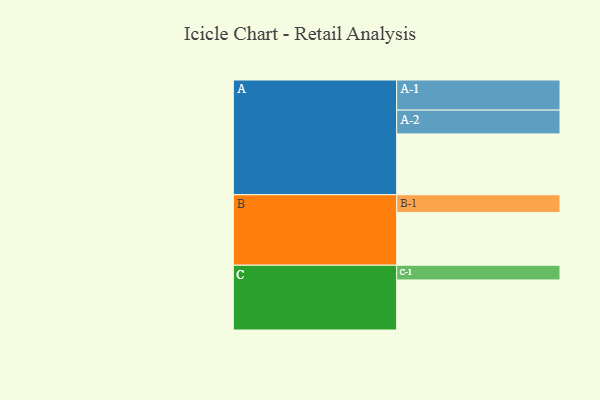
{"axis": {"x": "Segment", "y": "Value"}, "legend": ["", "A", "B", "C"], "data": [{"x": "A", "y": 509, "type": ""}, {"x": "B", "y": 442, "type": ""}, {"x": "C", "y": 419, "type": ""}, {"x": "A-1", "y": 252, "type": "A"}, {"x": "A-2", "y": 199, "type": "A"}, {"x": "B-1", "y": 148, "type": "B"}, {"x": "C-1", "y": 123, "type": "C"}]}